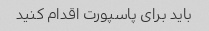
باید برای پاسپورت اقدام کنید